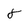
Character: 8